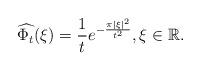
LaTeX: \begin{align*}\widehat{\Phi_t}(\xi) = \frac{1}{t} e^{- \frac{\pi |\xi|^2}{t^2}}, \xi \in \mathbb{R}.\end{align*}